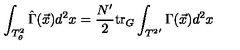
\int _ { T _ { \theta } ^ { 2 } } \hat { \Gamma } ( \vec { x } ) d ^ { 2 } x = \frac { N ^ { \prime } } { 2 } \mathrm { t r } _ { G } \int _ { { T ^ { 2 } } ^ { \prime } } \Gamma ( \vec { x } ) d ^ { 2 } x